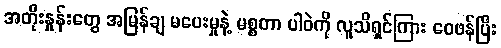
အတိုးနှုန်းတွေ အမြန်ချ မပေးမှုနဲ့ မစ္စတာ ပါဝဲကို လူသိရှင်ကြား ဝေဖန်ပြီး